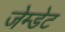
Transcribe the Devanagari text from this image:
जेम्डेट